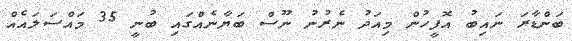
ބަންޑާރަ ނައިބު އޮފީހުން މިއަދު ނެރުނު ނޫސް ބަޔާނެއްގައި ބުނީ 35 މައްސަލައެއް